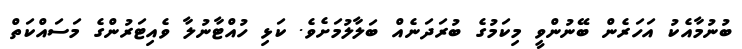
ބުނުމާއެކު އަހަރެން ބޭނުންވީ މިކަމުގެ ބުރަދަނެއް ބަލާލުމަށެވެ. ކަޅި ހުއްޓާނުލާ ވެއިޓަރުންގެ މަސައްކަތް